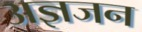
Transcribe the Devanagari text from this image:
अज्ञजन